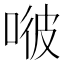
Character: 𠶎